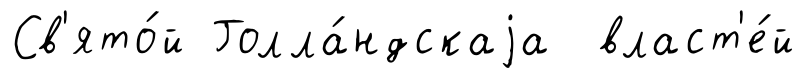
Св'ято́й Голла́ндскаjа власт'е́й